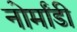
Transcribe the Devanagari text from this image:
नोर्मांडी